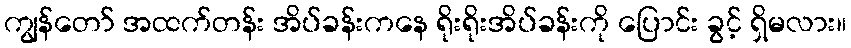
ကျွန်တော် အထက်တန်း အိပ်ခန်းကနေ ရိုးရိုးအိပ်ခန်းကို ပြောင်း ခွင့် ရှိမလား။